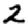
Digit: 2